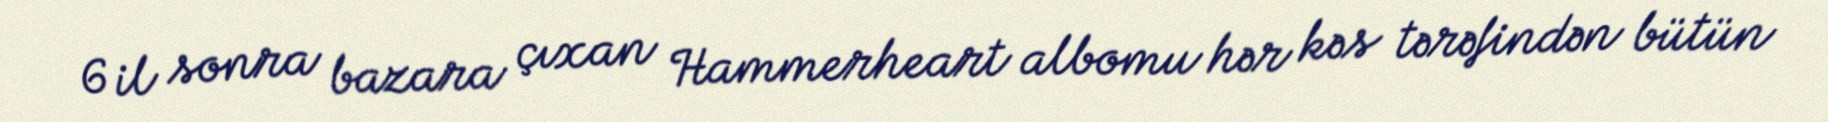
6 il sonra bazara çıxan Hammerheart albomu hər kəs tərəfindən bütün